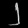
Digit: ၂